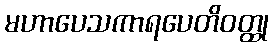
မဟာပေသကာရပေတိဝတ္ထု